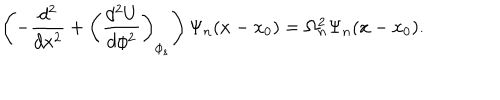
LaTeX: \left( - \frac { d ^ { 2 } } { d x ^ { 2 } } + \left( \frac { d ^ { 2 } U } { d \phi ^ { 2 } } \right) _ { \phi _ { s } } \right) \Psi _ { n } ( x - x _ { 0 } ) = \Omega _ { n } ^ { 2 } \Psi _ { n } ( x - x _ { 0 } ) .